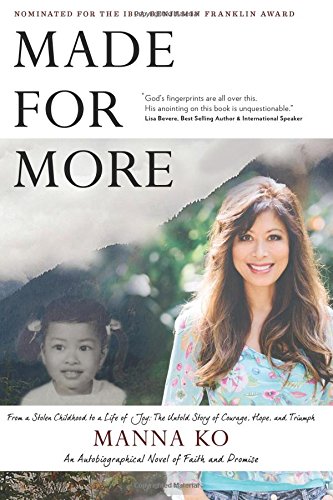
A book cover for Made For More: An Autobiographical Novel of Faith and Promise; Manna Ko; Biographies & Memoirs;